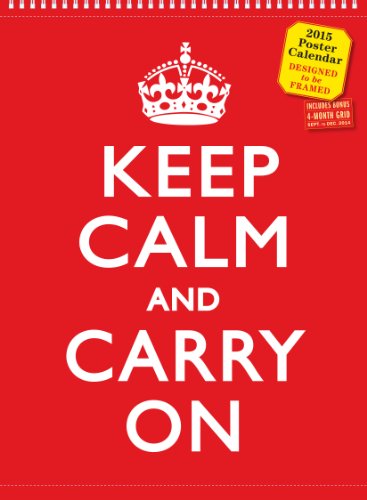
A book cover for Keep Calm and Carry On 2015 Poster Calendar; Workman Publishing; Calendars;